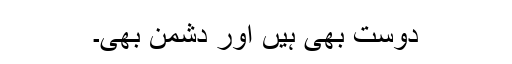
دوست بھی ہیں اور دشمن بھی۔